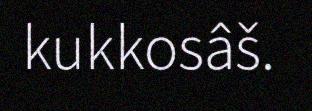
kukkosâš.